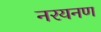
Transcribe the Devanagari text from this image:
नरयनण